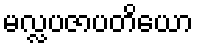
မလ္လပဇာပတိယော